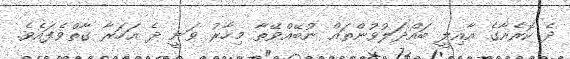
ދެ ކޮރެއާގެ އާއިލީ ބައްދަލުވުންތައް ނުބޭއްވޭތާ މިހާރު ވަނީ ދެ އަހަރާ ގާތްވެފައެވެ.